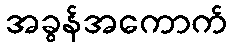
အခွန်အကောက်